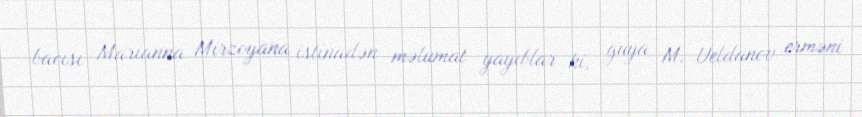
bacısı Marianna Mirzoyana istinadən məlumat yayıblar ki, guya M. Ueldanov erməni